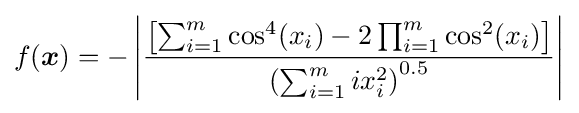
f({\boldsymbol {x}})=-\left|{\frac {\left[\sum _{i=1}^{m}\cos ^{4}(x_{i})-2\prod _{i=1}^{m}\cos ^{2}(x_{i})\right]}{{\left(\sum _{i=1}^{m}ix_{i}^{2}\right)}^{0.5}}}\right|